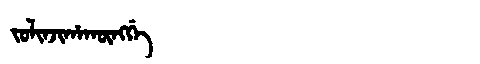
Manchu: ᠵᠣᠯᡳᠨᠵᡳᡥᠠᡴᡡᠩᡤᡝ
Romanization: JOLINJIHAKŪNGGE